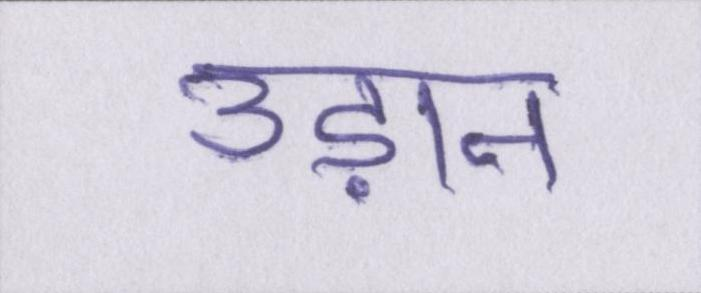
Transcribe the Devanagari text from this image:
उड़ान